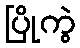
ပြိုကွဲ